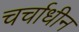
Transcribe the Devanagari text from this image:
चर्चाधीन